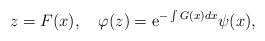
LaTeX: \begin{align*}z=F(x),\quad \varphi (z)={\rm e}^{-\int G(x)dx}\psi(x),\end{align*}